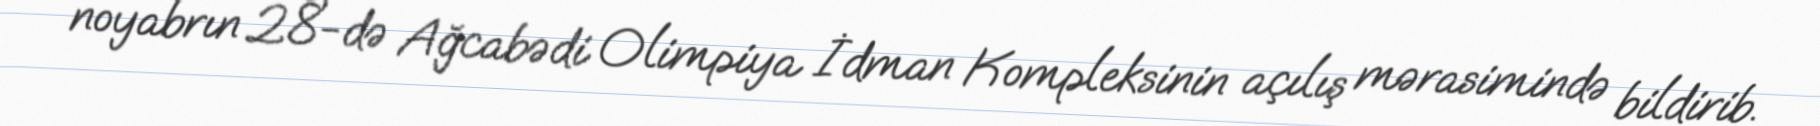
noyabrın 28-də Ağcabədi Olimpiya İdman Kompleksinin açılış mərasimində bildirib.